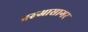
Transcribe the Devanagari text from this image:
बरुआसागर